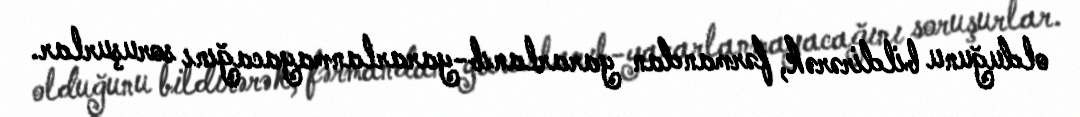
olduğunu bildirərək, fərmandan yararlanıb-yararlanmayacağını soruşurlar.